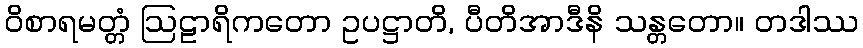
ဝိစာရမတ္တံ ဩဠာရိကတော ဥပဋ္ဌာတိ, ပီတိအာဒီနိ သန္တတော။ တဒါဿ